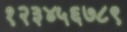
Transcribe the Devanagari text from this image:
१२३४५६७८९